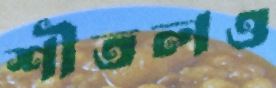
শীতলও